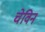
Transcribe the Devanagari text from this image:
चेविन